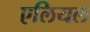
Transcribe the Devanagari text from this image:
एलियल